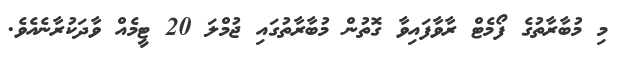
މި މުބާރާތުގެ ފޯމެޓް ރާވާފައިވާ ގޮތުން މުބާރާތުގައި ޖުމްލަ 20 ޓީމެއް ވާދަކުރާނެއެވެ.